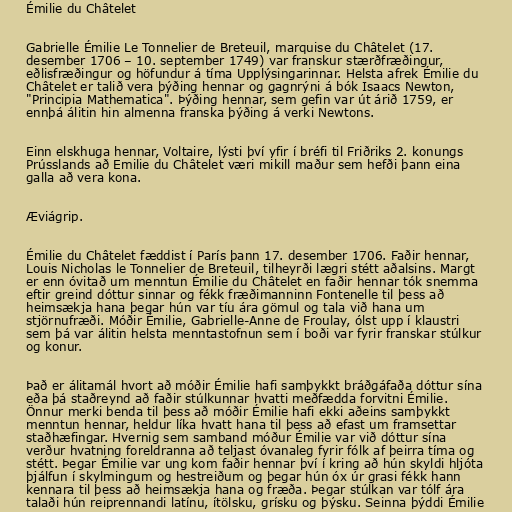
Émilie du Châtelet

Gabrielle Émilie Le Tonnelier de Breteuil, marquise du Châtelet (17.
desember 1706 – 10. september 1749) var franskur stærðfræðingur,
eðlisfræðingur og höfundur á tíma Upplýsingarinnar. Helsta afrek Émilie du
Châtelet er talið vera þýðing hennar og gagnrýni á bók Isaacs Newton,
"Principia Mathematica". Þýðing hennar, sem gefin var út árið 1759, er
ennþá álitin hin almenna franska þýðing á verki Newtons.

Einn elskhuga hennar, Voltaire, lýsti því yfir í bréfi til Friðriks 2. konungs
Prússlands að Emilie du Châtelet væri mikill maður sem hefði þann eina
galla að vera kona.

Æviágrip.

Émilie du Châtelet fæddist í París þann 17. desember 1706. Faðir hennar,
Louis Nicholas le Tonnelier de Breteuil, tilheyrði lægri stétt aðalsins. Margt
er enn óvitað um menntun Émilie du Châtelet en faðir hennar tók snemma
eftir greind dóttur sinnar og fékk fræðimanninn Fontenelle til þess að
heimsækja hana þegar hún var tíu ára gömul og tala við hana um
stjörnufræði. Móðir Émilie, Gabrielle-Anne de Froulay, ólst upp í klaustri
sem þá var álitin helsta menntastofnun sem í boði var fyrir franskar stúlkur
og konur.

Það er álitamál hvort að móðir Émilie hafi samþykkt bráðgáfaða dóttur sína
eða þá staðreynd að faðir stúlkunnar hvatti meðfædda forvitni Émilie.
Önnur merki benda til þess að móðir Émilie hafi ekki aðeins samþykkt
menntun hennar, heldur líka hvatt hana til þess að efast um framsettar
staðhæfingar. Hvernig sem samband móður Émilie var við dóttur sína
verður hvatning foreldranna að teljast óvanaleg fyrir fólk af þeirra tíma og
stétt. Þegar Émilie var ung kom faðir hennar því í kring að hún skyldi hljóta
þjálfun í skylmingum og hestreiðum og þegar hún óx úr grasi fékk hann
kennara til þess að heimsækja hana og fræða. Þegar stúlkan var tólf ára
talaði hún reiprennandi latínu, ítölsku, grísku og þýsku. Seinna þýddi Émilie